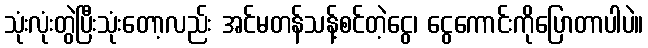
သုံးလုံးတွဲပြီးသုံးတော့လည်း အင်မတန်သန့်စင်တဲ့ငွေ၊ ငွေကောင်းကိုပြောတာပါပဲ။